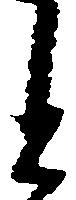
と